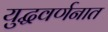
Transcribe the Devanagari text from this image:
युद्धवर्णनात